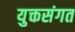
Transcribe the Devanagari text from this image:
युक्तसंगत